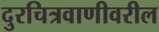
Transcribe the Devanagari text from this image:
दुरचित्रवाणीवरील